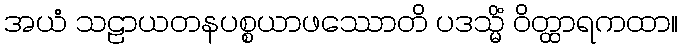
အယံ သဠာယတနပစ္စယာဖဿောတိ ပဒသ္မိံ ဝိတ္ထာရကထာ။